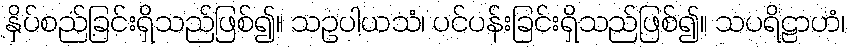
နှိပ်စည်ခြင်းရှိသည်ဖြစ်၍။ သဥပါယသံ၊ ပင်ပန်းခြင်းရှိသည်ဖြစ်၍။ သပရိဠာဟံ၊